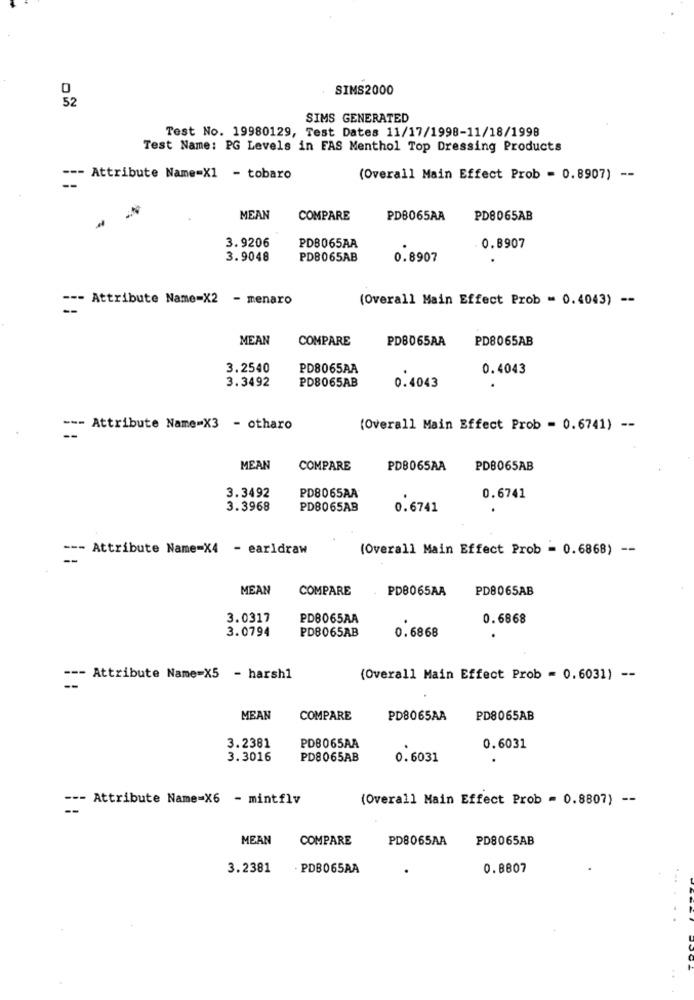
0
SIMS2000
52
SIMS GENERATED
Test No. 19980129, Test Dates 11/17/1998-11/18/1998
Test Name: PG Levels in FAS Menthol Top Dressing Products
--- Attribute Name=X1 - tobaro
(Overall Main Effect Prob = 0.8907) --
MEAN
COMPARE
PDB065AA
PD8065AB
3.9206
PDB065AA
- 0.8907
3.9048
PDB065AB
0.8907
--- Attribute Name=X2 - menaro
(Overall Main Effect Prob - 0.4043) --
-
MEAN
COMPARE
PD8065AA
PD8065AB
3.2540
PD8065AA
0.4043
3.3492
PD8065AB
0.4043
--- Attribute Name=X3 - otharo
(Overall Main Effect Prob = 0.6741) --
MEAN
COMPARE
PDB065AA
PD8065AB
3.3492
PD8065AA
0.6741
3.3968
PDB065AB
0.6741
--- Attribute Name=X4 - earldraw
(Overall Main Effect Prob = 0.6868) --
MEAN
COMPARE
PDB065AA
PD8065AB
3.0317
PD8065AA
0.6868
3.0794
PDB065AB
0.6868
.
--- Attribute Name=X5 - harsh1
(Overall Main Effect Prob = 0.6031) --
MEAN
COMPARE
PD8065AA
PD8065AB
PD8065AA
3.2381
0.6031
3.3016
PD8065AB
0 . 6031
--- Attribute Name=X6 - mintflv
(Overall Main Effect Prob = 0.8807) --
MEAN
COMPARE
PD8065AA
PD8065AB
3.2381
- PDB065AA
0.8807